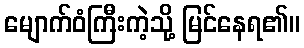
မျောက်ဝံကြီးကဲ့သို့ မြင်နေရ၏။